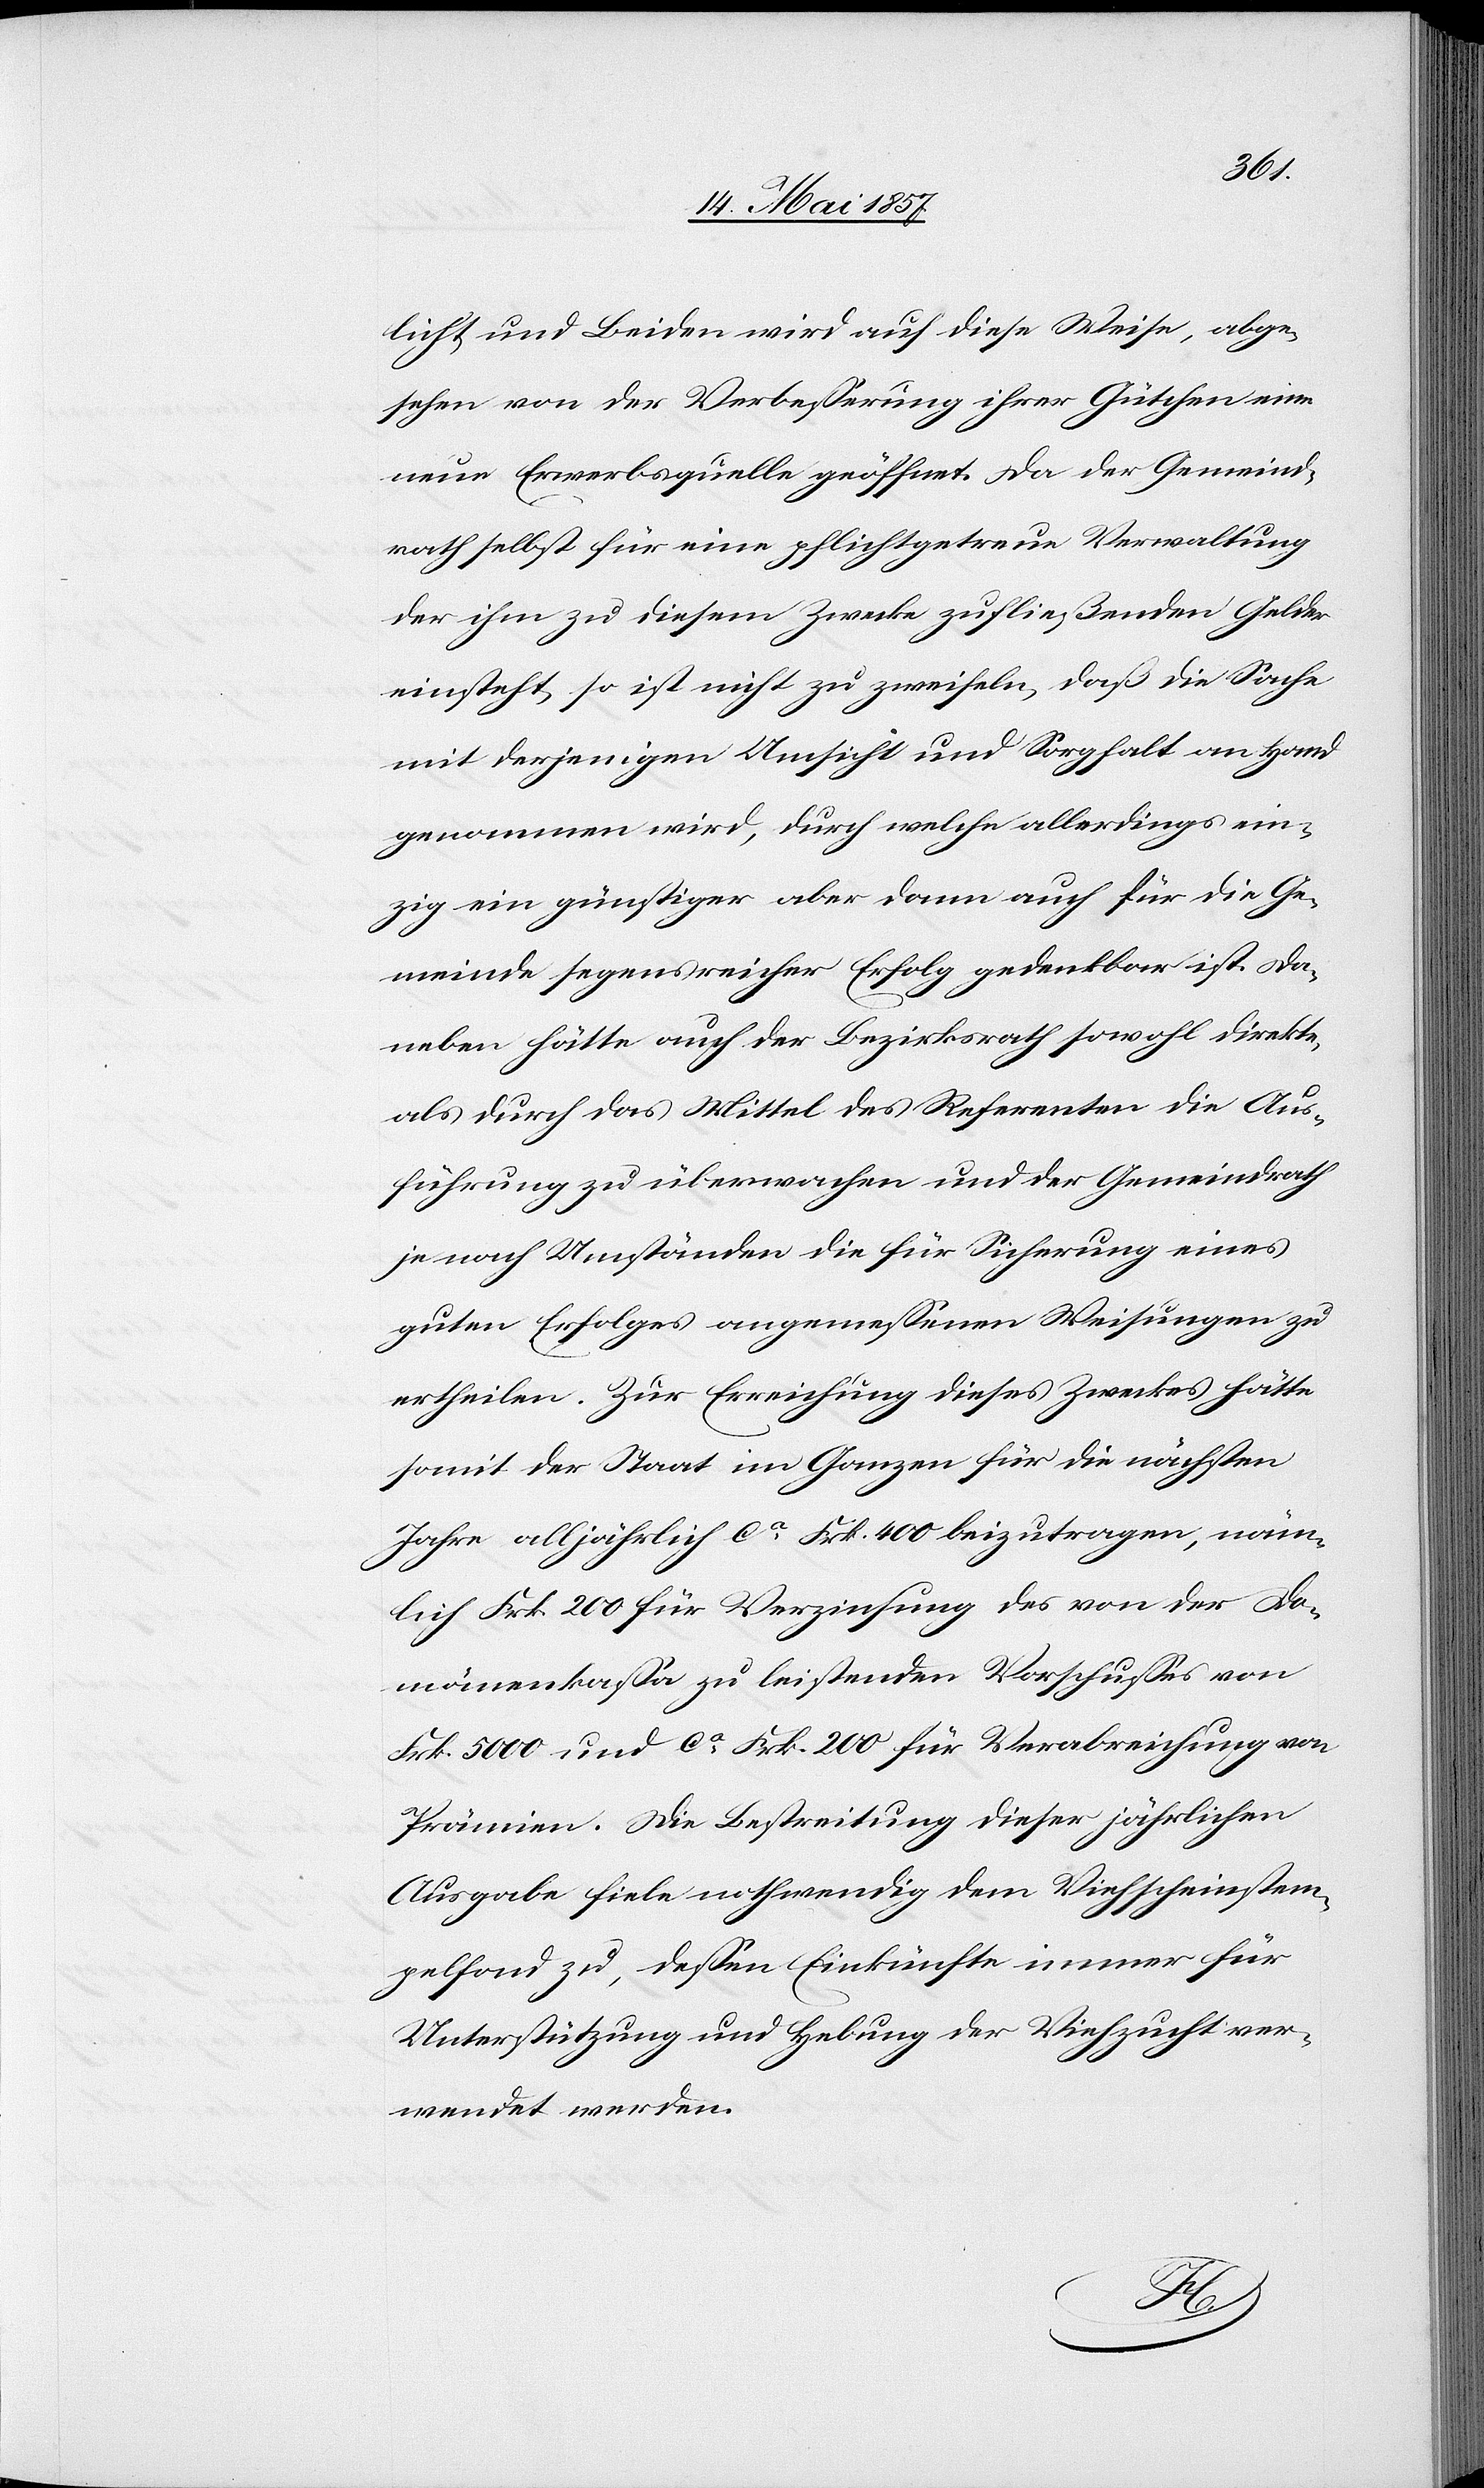
licht und Beiden wird auf diese Weise, abge¬
sehen von der Verbesserung ihrer Gütchen eine
neue Erwerbsquelle geöffnet. Da der Gemeind¬
rath selbst für eine pflichtgetreue Verwaltung
der ihm zu diesem Zwecke zufließenden Gelder
einsteht, so ist nicht zu zweifeln, daß die Sache
mit derjenigen Umsicht und Sorgfalt an Hand
genommen wird, durch welche allerdings ein¬
zig ein günstiger aber dann auch für die Ge¬
meinde segensreicher Erfolg gedenkbar ist. Da¬
neben hätte auch der Bezirksrath sowohl direkte
als durch das Mittel des Referenten die Aus¬
führung zu überwachen und der Gemeindrath
je nach Umständen die für Sicherung eines
guten Erfolgs angemessenen Weisungen zu
ertheilen. Zur Erreichung dieses Zweckes hätte
somit der Staat im Ganzen für die nächsten
Jahre alljährlich ca Frk. 400 beizutragen, näm¬
lich Frk. 200 für Verzinsung des von der Do¬
mänenkassa zu leistenden Vorschusses von
Frk. 5000 und ca Frk. 200 für Verabreichung von
Prämien. Die Bestreitung dieser jährlichen
Ausgabe fiele nothwendig dem Viehscheinstem¬
pelfond zu, dessen Einkünfte immer für
Unterstützung und Hebung der Viehzucht ver¬
wendet werden.